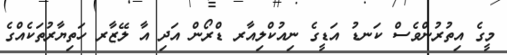
މީގެ އިތުރުންވެސް ކަނޑު އަޑީގެ ނިއުކްލިއާރ ޑްރޯން އަދި އާ ލޭޒާރ ހަތިޔާރުތަކެއްގެ